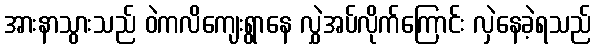
အားနာသွားသည် ဝဲကလိကျေးရွာနေ လွှဲအပ်လိုက်ကြောင်း လှဲနေခဲ့ရသည်